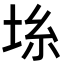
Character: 𡋔